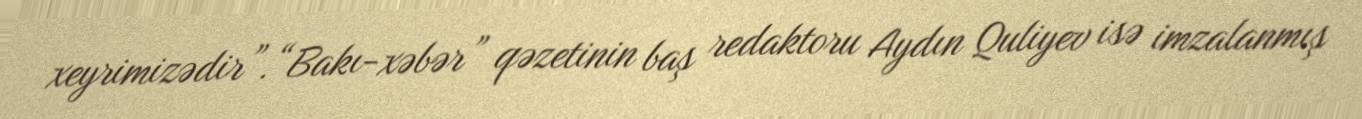
xeyrimizədir”.“Bakı-xəbər” qəzetinin baş redaktoru Aydın Quliyev isə imzalanmış